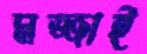
মজ্জাই